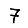
Digit: 7